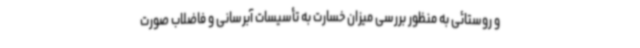
و روستائی به منظور بررسی میزان خسارت به تأسیسات آبرسانی و فاضلاب صورت